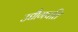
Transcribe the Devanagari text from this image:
उद्यौगपति